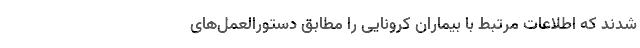
شدند که اطلاعات مرتبط با بیماران کرونایی را مطابق دستورالعمل‌های